Civil Veterinary Dept. Bombay admin report 1907-1913 - 1907-1913
Year: 1907
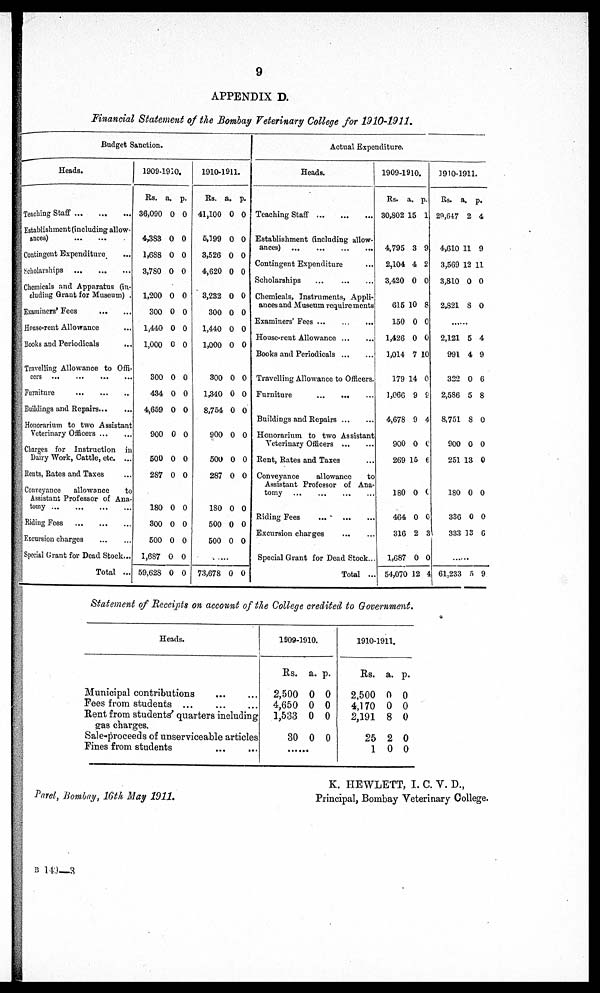
9
APPENDIX D.
Financial Statement of the Bombay Veterinary College for 1910-1911.
Budget Sanction.
Heads.
Teaching Staff
...
...
...
Establishment (including allow-
ances)
...
...
Contingent Expenditure ...
Scholarships
...
...
...
Chemicals and Apparatus (in-
cluding Grant for Museum) .
Examiners' Fees
...
...
House-rent Allowance ...
Books and Periodicals
Travelling Allowance to Offi-
cers
...
...
...
...
Furniture
Buildings and Repairs
Honorarium to two Assistant
Veterinary Officers
Charges for Instruction in
Dairy Work, Cattle, etc. ...
Rents, Rates and Taxes
Conveyance
allowance
to
Assistant Professor of Ana-
tomy
..
...
...
...
Riding Fees
Excursion charges
Special Grant for Dead Stock...
Total ...
1909-1910.
Rs.
36,090
4,383
1,688
3,780
1,200
300
1,440
1,000
300
434
4,659
900
500
287
180
300
500
1,687
59,628
a. p
0
0
0
0
0
0
0
0
0
0
0
0
0
0
0
0
0
0
0
.
0
0
0
0
0
0
0
0
0
0
0
0
0
0
0
0
0
0
0
1910-1911.
Rs.
41,100
5,199
3,526
4,620
3,232
300
1,440
1,000
300
1,340
8,754
900
500
287
180
500
500
73,678
a.
0
0
0
0
0
0
0
0
0
0
0
0
0
0
0
0
0
0
p.
0
0
0
0
0
0
0
0
0
0
0
0
0
0
0
0
0
0
Actual Expenditure.
Heads.
Teaching Staff
Establishment (including allow-
ances) ...
...
...
...
Contingent Expenditure
Scholarships
Chemicals, Instruments, Appli-
ances and Museum requirements
Examiners' Fees
House-rent Allowance
Books and Periodicals
Travelling Allowance to Officers.
Furniture
Buildings and Repairs
Honorarium to two Assistant
Veterinary Officers ... ...
Rent, Rates and Taxes
Conveyance
allowance
to
Assistant Professor of Ana-
tomy
...
...
...
...
Riding Fees
Excursion charges
...
...
Special Grant for Dead Stock ...
Total ...
1909-19
10.
Rs. a
30,802 1
4,795
2,104
3,420
615 1
150
1,426
1,014
179 1
1,066
4,678
900
269
180
464
316
1,687
54,070
. p
5
3
4
0
0
0
0
7 1
4
9
9
0
15
0
0
2
0
12
.
1
9
2
0
8
0
0
0
0
9
4
0
6
0
0
3
0
4
1910-19
11.
Rs. a
29,647
4,610 1
3,569 1
3,810
2,821
2,121
991
322
2,586
8,751
900
251
180
336
333
......
61,233
. p
2
1
2 1
0
8
5
4
0
5
8
0
13
0
0
33
5
.
4
9
1
0
0
4
9
6
8
0
0
0
0
0
6
9
Statement of Receipts on account of the College credited to Government.
Heads.
Municipal contributions ... ...
Fees from students ...
Rent from students' quarters including
gas charges.
Sale-proceeds of unserviceable articles
Fines from students ... ...
1909-1910.
Rs.
2,500
4,650
1,533
30
.......
a.
0
0
0
0
p.
0
0
0
0
1910-1911.
Rs.
2,500
4,170
2,191
25
1
a.
0
0
8
2
0
p.
0
0
0
0
0
Parel, Bombay, 16th May 1911.
K. HEWLETT, I. C. V. D.,
Principal, Bombay Veterinary College.
B 149—3